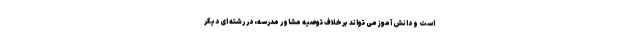
است و دانش آموز می تواند برخلاف توصیه مشاور مدرسه، در رشته ای دیگر